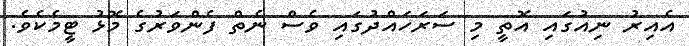
އެއިރު ނިއުގައި އޮތީ މި ސަރަހައްދުގައި ވެސް ނެތް ފެންވަރުގެ މޮޅު ޓީމެކެވެ.